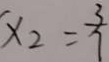
x _ { 2 } = \frac { 3 } { 7 }